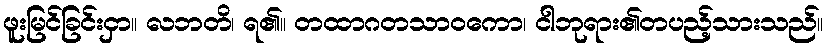
ဖူးမြင်ခြင်းငှာ။ လဘတိ၊ ရ၏။ တထာဂတသာဝကော၊ ငါဘုရား၏တပည့်သားသည်။